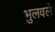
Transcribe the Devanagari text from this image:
भुलवले